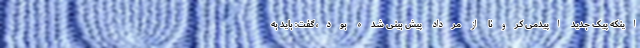
اینکه پیک جدید اپیدمی کرونا از مرداد پیش بینی شده بود، گفت: باید به